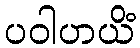
ပဝါဟယိံ